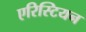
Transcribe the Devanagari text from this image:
एरिस्टियन